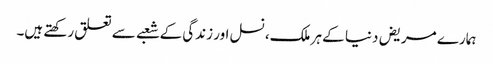
ہمارے مریض دنیا کے ہر ملک، نسل اور زندگی کے شعبے سے تعلق رکھتے ہیں۔